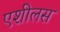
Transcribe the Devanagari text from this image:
एशीलस